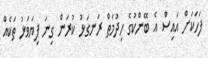
ފަހަކަށް އައިސް އެ ބޭންކުގެ ހިދުމަތް ރަނގަޅު ކުރަން ގިނަ ފިޔަވަޅު ތަކެއް